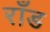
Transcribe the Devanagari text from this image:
राँड